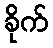
ခိုက်